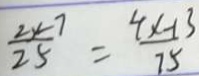
\frac { 2 x - 7 } { 2 5 } = \frac { 4 x - 1 3 } { 7 5 }